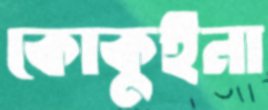
কোকুইনা